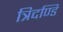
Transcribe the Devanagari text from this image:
त्रिदण्डि